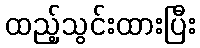
ထည့်သွင်းထားပြီး